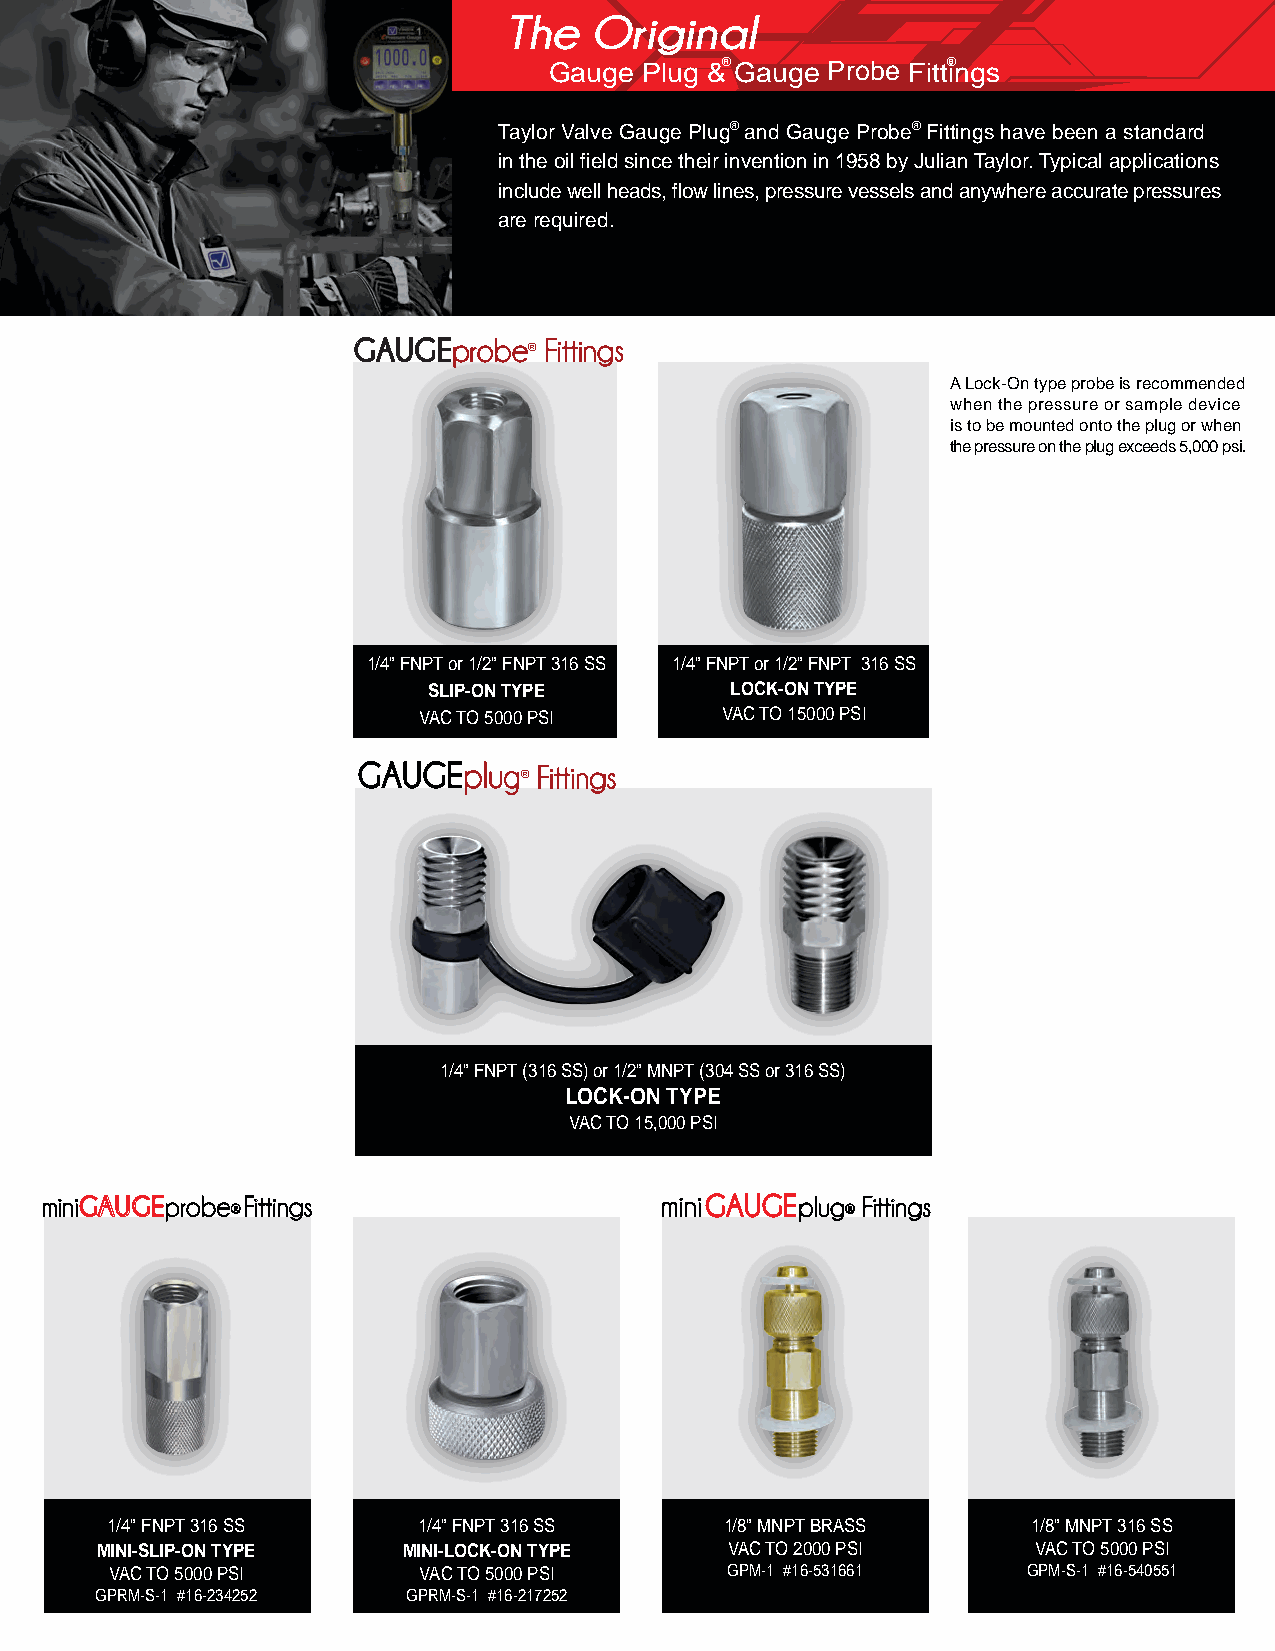
The   Original
 Gauge  Plug &® Gauge Probe Fitt® ings
 TAKE
 Taylor Valve Gauge Plug® and Gauge Probe® Fittings have been a standard
 in the oil field since their invention in 1958 by Julian Taylor. Typical applications pressure
 samples
 include well heads, flow lines, pressure vessels and anywhere accurate pressures
 WITHOUTfixed
 are required.                                                                    instrumentation              www.taylorvalve.com
 GAUGE  PROBE ® Fittings      316 SS
 GAUGEprobe   Fittings
 ®
 A Lock-On type probe is recommended  1/4” FNPT SLIP-ON           16-234252
 when the pressure or sample device
 is to be mounted onto the plug or when
 the pressure on the plug exceeds 5,000 psi. 1/2” FNPT SLIP-ON    16-234253
 1/4” FNPT LOCK-ON           16-217252
 1/2” FNPT LOCK-ON           16-217253
 All probes are made in 316 SS (Other Material Options are Available)
 1/4” FNPT or 1/2” FNPT 316 SS 1/4” FNPT or 1/2” FNPT 316 SS                             ®                         With Metal
 GAUGE  PLUG  Fittings        316 SS
 SLIP-ON TYPE        LOCK-ON TYPE                                                                                Cap
 VAC TO 5000 PSI     VAC TO 15000 PSI
 1/2” MNPT LOCK-ON GAUGE PLUG® 16-154554 16-164554
 Fittings
 ®
 1/4” FNPT LOCK-ON GAUGE PLUG® 16-054554 16-064554
 All plugs are made in 316 SS (Other Material Options are Available)
 PLUGrepair
 1/4” FNPT (316 SS) or 1/2” MNPT (304 SS or 316 SS)
 LOCK-ON TYPE
 VAC TO 15,000 PSI
 miniGAUGEprobe
 ®
 Fittings                    mini     plug
 ®
 Fittings
 316 SS
 REPAIR CARTRIDGE ASSEMBLY REPAIR METAL CAP REPAIR SANOPRENE CAP
 VAC TO 15000 PSI  VAC TO 15000 PSI   VAC TO 15000 PSI
 #16-304605        #16-012510         #16-003676
 1/4” FNPT 316 SS     1/4” FNPT 316 SS    1/8” MNPT BRASS     1/8” MNPT 316 SS
 MINI-SLIP-ON TYPE    MINI-LOCK-ON TYPE    VAC TO 2000 PSI     VAC TO 5000 PSI
 VAC TO 5000 PSI      VAC TO 5000 PSI     GPM-1 #16-531661    GPM-S-1 #16-540551
 GPRM-S-1 #16-234252  GPRM-S-1 #16-217252